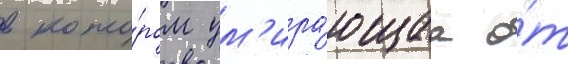
в кото́ром ум'ира́ющаа о́т